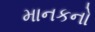
માનકનો